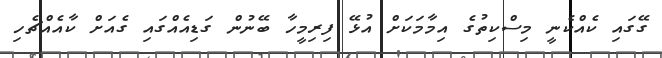
ގޭގައި ކެއްކެނީ މިސްކިތުގެ އިމާމަކަށް އުޅޭ ފިރިމީހާ ބޭނުން ގަޑިއެއްގައި ގެއަށް ކާއެއްޗެހި